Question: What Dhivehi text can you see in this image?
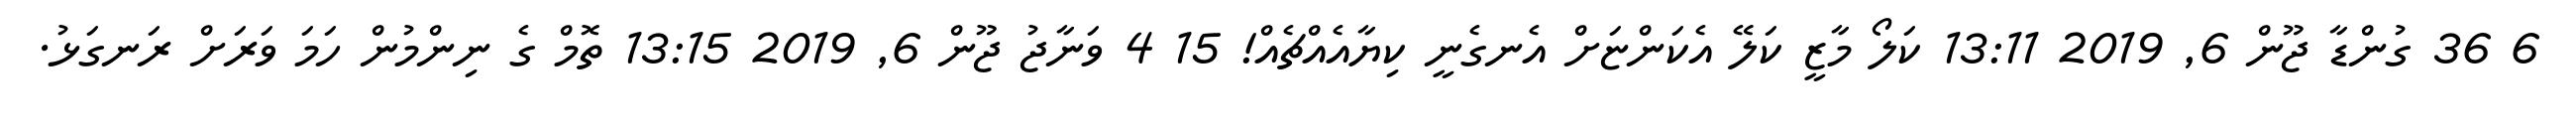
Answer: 6 36 ގުންޑާ ޖޫން 6, 2019 13:11 ކަލޯ މާޒީ ކަލޭ އެކަންޏަށް އެނގެނީ ކިޔާއެއްޗެއް! 15 4 ވަނާޖު ޖޫން 6, 2019 13:15 ތޮމް ގެ ނިންމުން ހަމަ ވަރަށް ރަނގަޅު.